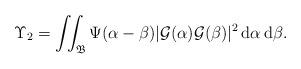
LaTeX: \begin{align*}\Upsilon_2=\iint_{\mathfrak B}\Psi(\alpha-\beta)|\mathcal G(\alpha)\mathcal G(\beta)|^2\,{\rm d}\alpha \, {\rm d}\beta .\end{align*}